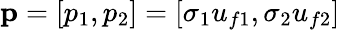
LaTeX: \mathbf{p}=[p_{1},p_{2}]=[\sigma_{1}u_{f1},\sigma_{2}u_{f2}]